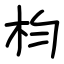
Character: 枃